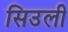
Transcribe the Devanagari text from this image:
सिउली